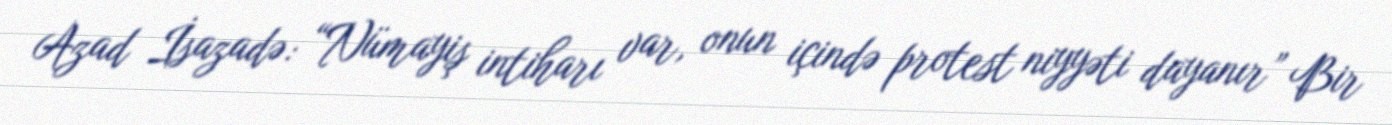
Azad İsazadə: “Nümayiş intiharı var, onun içində protest niyyəti dayanır” Bir